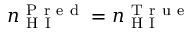
n _ { \mathrm { ~ H ~ I ~ } } ^ { \mathrm { ~ P ~ r ~ e ~ d ~ } } = n _ { \mathrm { ~ H ~ I ~ } } ^ { \mathrm { ~ T ~ r ~ u ~ e ~ } }